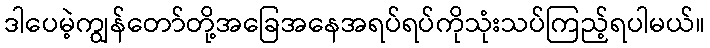
ဒါပေမဲ့ကျွန်တော်တို့အခြေအနေအရပ်ရပ်ကိုသုံးသပ်ကြည့်ရပါမယ်။